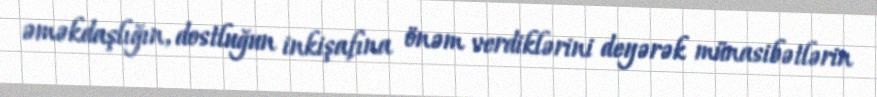
əməkdaşlığın, dostluğun inkişafına önəm verdiklərini deyərək münasibətlərin